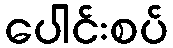
ပေါင်းစပ်